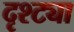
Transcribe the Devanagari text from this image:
दृश्ट्या